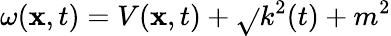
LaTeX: \omega(\mathbf{x},t)=V(\mathbf{x},t)+\sqrt{}{{k^{2}(t)+m^{2}}}